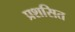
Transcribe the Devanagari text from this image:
प्रशसित